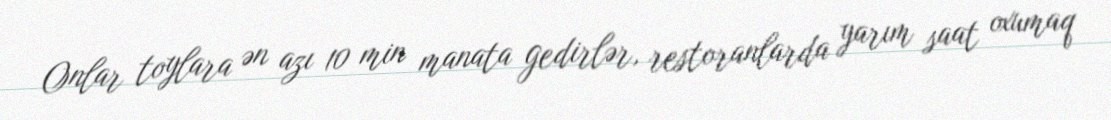
Onlar toylara ən azı 10 min manata gedirlər, restoranlarda yarım saat oxumaq